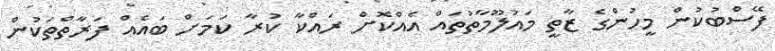
ފޭސްބުކުން މީހުންގެ ޒާތީ މައުލޫމާތުތައް އެއްކޮށް ރައްކާ ކުރާ ކަމަށް ބައެއް ފަރާތްތަކުން